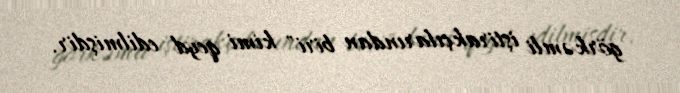
görkəmli iştirakçılarından biri" kimi qeyd edilmişdir.